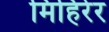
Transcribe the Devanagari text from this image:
मिहिरेर